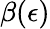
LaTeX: \beta(\epsilon)